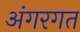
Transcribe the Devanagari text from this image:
अंगरगत